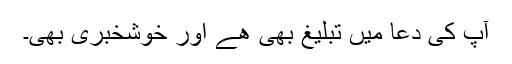
آپ کی دعا میں تبلیغ بھی ھے اور خوشخبری بھی۔